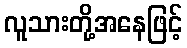
လူသားတို့အနေဖြင့်